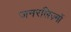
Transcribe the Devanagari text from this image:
जनरलिज़्मों